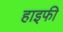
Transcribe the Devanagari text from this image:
हाइफी